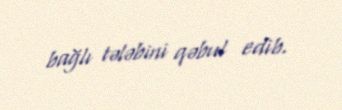
bağlı tələbini qəbul edib.